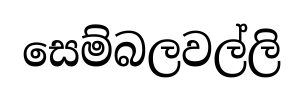
සෙම්බලවල්ලි